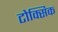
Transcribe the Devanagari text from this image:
टोक्सिक